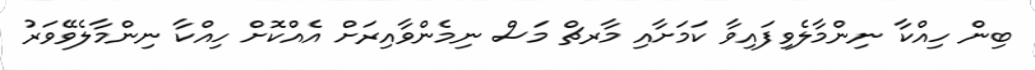
ބިން ހިއްކާ ނިންމާލެވިފައިވާ ކަމަށާއި މާރޗް މަސް ނިމެންވާއިރަށް އެއްކޮށް ހިއްކާ ނިންމާލެވޭވަރު